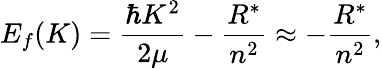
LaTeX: E_{f}(K)=\frac{\hbar K^{2}}{2\mu}-\frac{R^{*}}{n^{2}}\approx-\frac{R^{*}}{n^{2}},